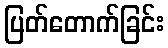
ပြတ်တောက်ခြင်း